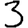
Digit: 3